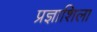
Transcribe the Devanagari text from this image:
प्रज्ञाशिला